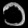
Digit: ၁